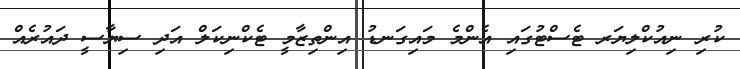
ކުރި ނިއުކްލިޔަރ ޓެސްޓުގައި އެންމެ މައިގަނޑު އިންތިޒާމީ ޓެކްނިކަލް އަދި ސިޔާސީ ދައުރެއް